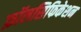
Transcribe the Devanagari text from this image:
फ़ॉलसिफिकेशन